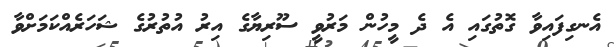
އެނގިފައިވާ ގޮތުގައި އެ ދެ މީހުން މަރުވީ ސޫރިޔާގެ އިރު އުތުރުގެ ޝަހަރެއްކަމަށްވާ